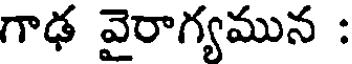
గాఢ వైరాగ్యమున :